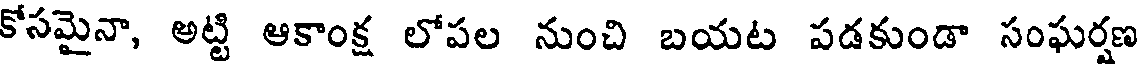
కోసమైనా, అట్టి ఆకాంక్ష లోపల నుంచి బయట పడకుండా సంఘర్షణ